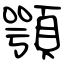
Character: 顎